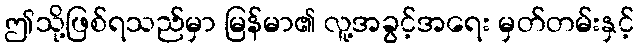
ဤသို့ဖြစ်ရသည်မှာ မြန်မာ၏ လူ့အခွင့်အရေး မှတ်တမ်းနှင့်